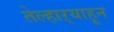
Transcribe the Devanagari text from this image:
तेल्हाऱ्याहून